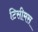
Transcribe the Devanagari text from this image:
टिसीमस